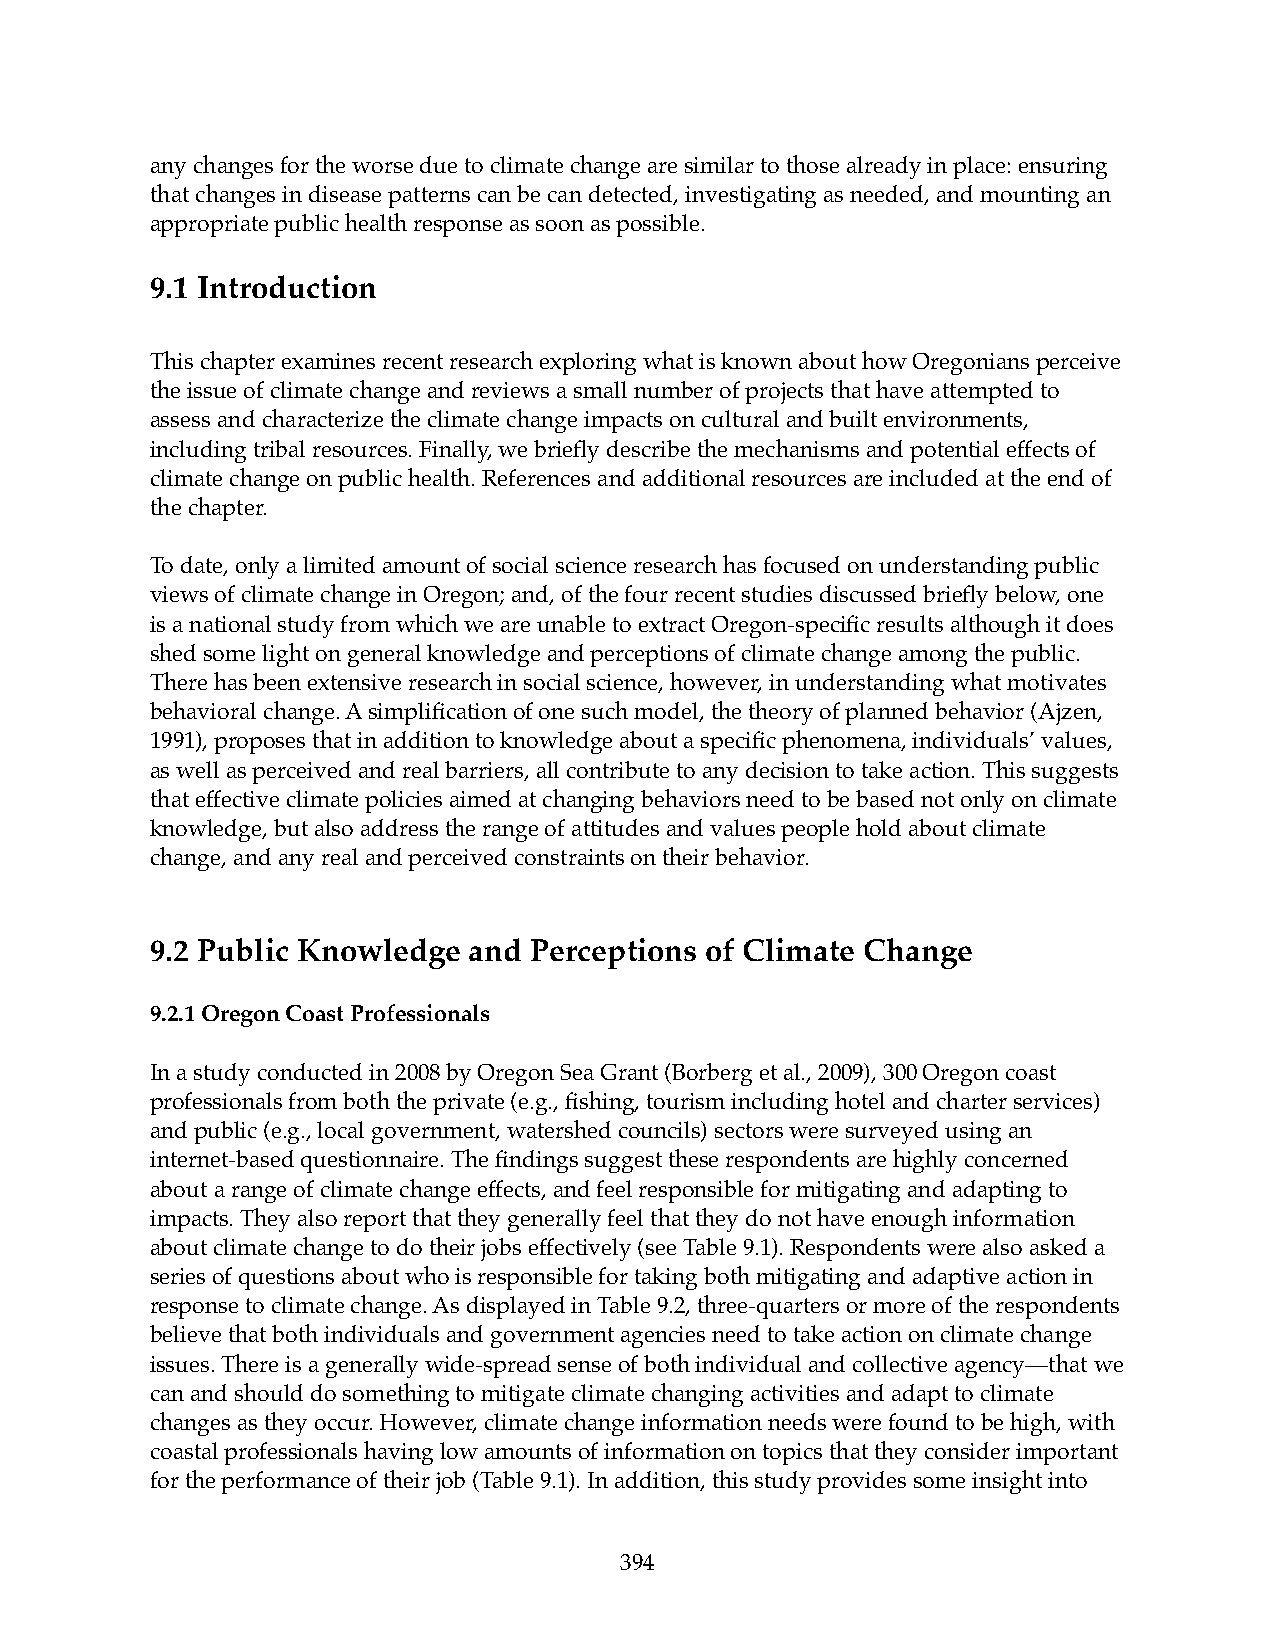
any changes for the worse due to climate change are similar to those already in place: ensuring
 that changes in disease patterns can be can detected, investigating as needed, and mounting an
 appropriate public health response as soon as possible.
 9.1 Introduction
 This chapter examines recent research exploring what is known about how Oregonians perceive
 the issue of climate change and reviews a small number of projects that have attempted to
 assess and characterize the climate change impacts on cultural and built environments,
 including tribal resources. Finally, we briefly describe the mechanisms and potential effects of
 climate change on public health. References and additional resources are included at the end of
 the chapter.
 To date, only a limited amount of social science research has focused on understanding public
 views of climate change in Oregon; and, of the four recent studies discussed briefly below, one
 is a national study from which we are unable to extract Oregon-specific results although it does
 shed some light on general knowledge and perceptions of climate change among the public.
 There has been extensive research in social science, however, in understanding what motivates
 behavioral change. A simplification of one such model, the theory of planned behavior (Ajzen,
 1991), proposes that in addition to knowledge about a specific phenomena, individuals’ values,
 as well as perceived and real barriers, all contribute to any decision to take action. This suggests
 that effective climate policies aimed at changing behaviors need to be based not only on climate
 knowledge, but also address the range of attitudes and values people hold about climate
 change, and any real and perceived constraints on their behavior.
 9.2 Public Knowledge and Perceptions of Climate Change
 9.2.1 Oregon Coast Professionals
 In a study conducted in 2008 by Oregon Sea Grant (Borberg et al., 2009), 300 Oregon coast
 professionals from both the private (e.g., fishing, tourism including hotel and charter services)
 and public (e.g., local government, watershed councils) sectors were surveyed using an
 internet-based questionnaire. The findings suggest these respondents are highly concerned
 about a range of climate change effects, and feel responsible for mitigating and adapting to
 impacts. They also report that they generally feel that they do not have enough information
 about climate change to do their jobs effectively (see Table 9.1). Respondents were also asked a
 series of questions about who is responsible for taking both mitigating and adaptive action in
 response to climate change. As displayed in Table 9.2, three-quarters or more of the respondents
 believe that both individuals and government agencies need to take action on climate change
 issues. There is a generally wide-spread sense of both individual and collective agency—that we
 can and should do something to mitigate climate changing activities and adapt to climate
 changes as they occur. However, climate change information needs were found to be high, with
 coastal professionals having low amounts of information on topics that they consider important
 for the performance of their job (Table 9.1). In addition, this study provides some insight into
 394